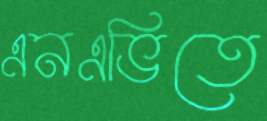
এনএভিতে